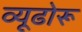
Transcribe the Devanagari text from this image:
व्यूढोरू